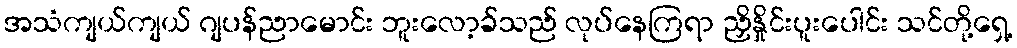
အသံကျယ်ကျယ် ဂျပန်ညာမောင်း ဘူးလော့ခ်သည် လုပ်နေကြရာ ညှိနှိုင်းပူးပေါင်း သင်တို့ရှေ့